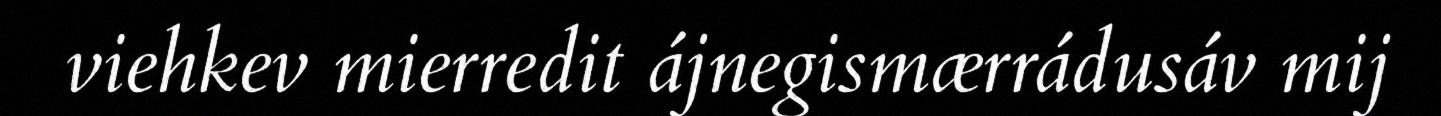
viehkev mierredit ájnegismærrádusáv mij